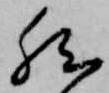
然